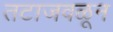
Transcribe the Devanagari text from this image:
तटाजवळून